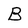
Character: B